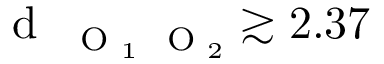
\mathrm { ~ d ~ } _ { \mathrm { ~ \scriptsize ~ O ~ } _ { 1 } \mathrm { ~ \scriptsize ~ O ~ } _ { 2 } } \gtrsim 2 . 3 7